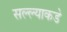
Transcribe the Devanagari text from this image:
सल्ल्याकडे